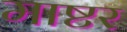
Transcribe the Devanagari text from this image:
माष्टर